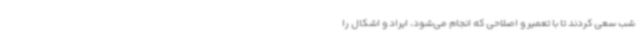
شب سعی کردند تا با تعمیر و اصلاحی که انجام می‌شود، ایراد و اشکال را